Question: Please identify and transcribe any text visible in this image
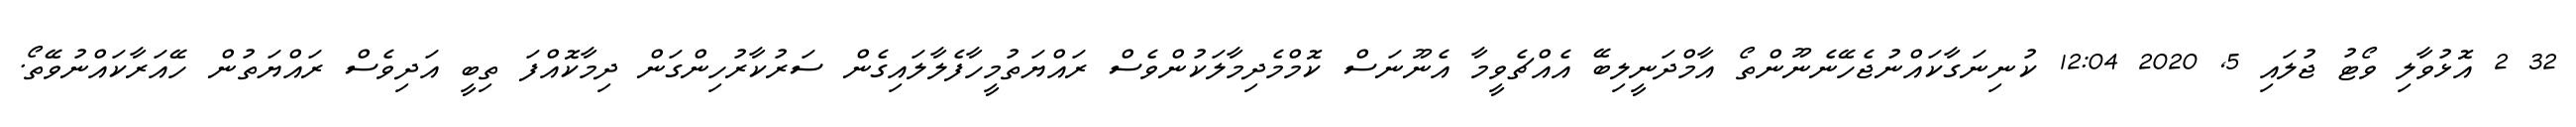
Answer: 32 2 އޮޅުވާލި ވޯޓު ޖުލައި 5, 2020 12:04 ކުނިނަގާކައްނުޖެހޭނެނޫންތޯ އާމްދަނީލިބޭ އެއްޗެވީމާ އެނޫނަސް ކޮމްމެދިމާލަކުންވެސް ރައްޔަތުމީހާފެލާލައިގެން ސަރުކާރުހިންގަން ދިމާކޮއްފަ ތިބީ އަދިވެސް ރައްޔަތުން ހޭއަރާކައްނުވޭތޯ.